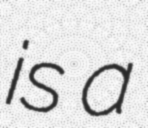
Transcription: is a